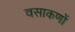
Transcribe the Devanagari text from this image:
वसाकणों